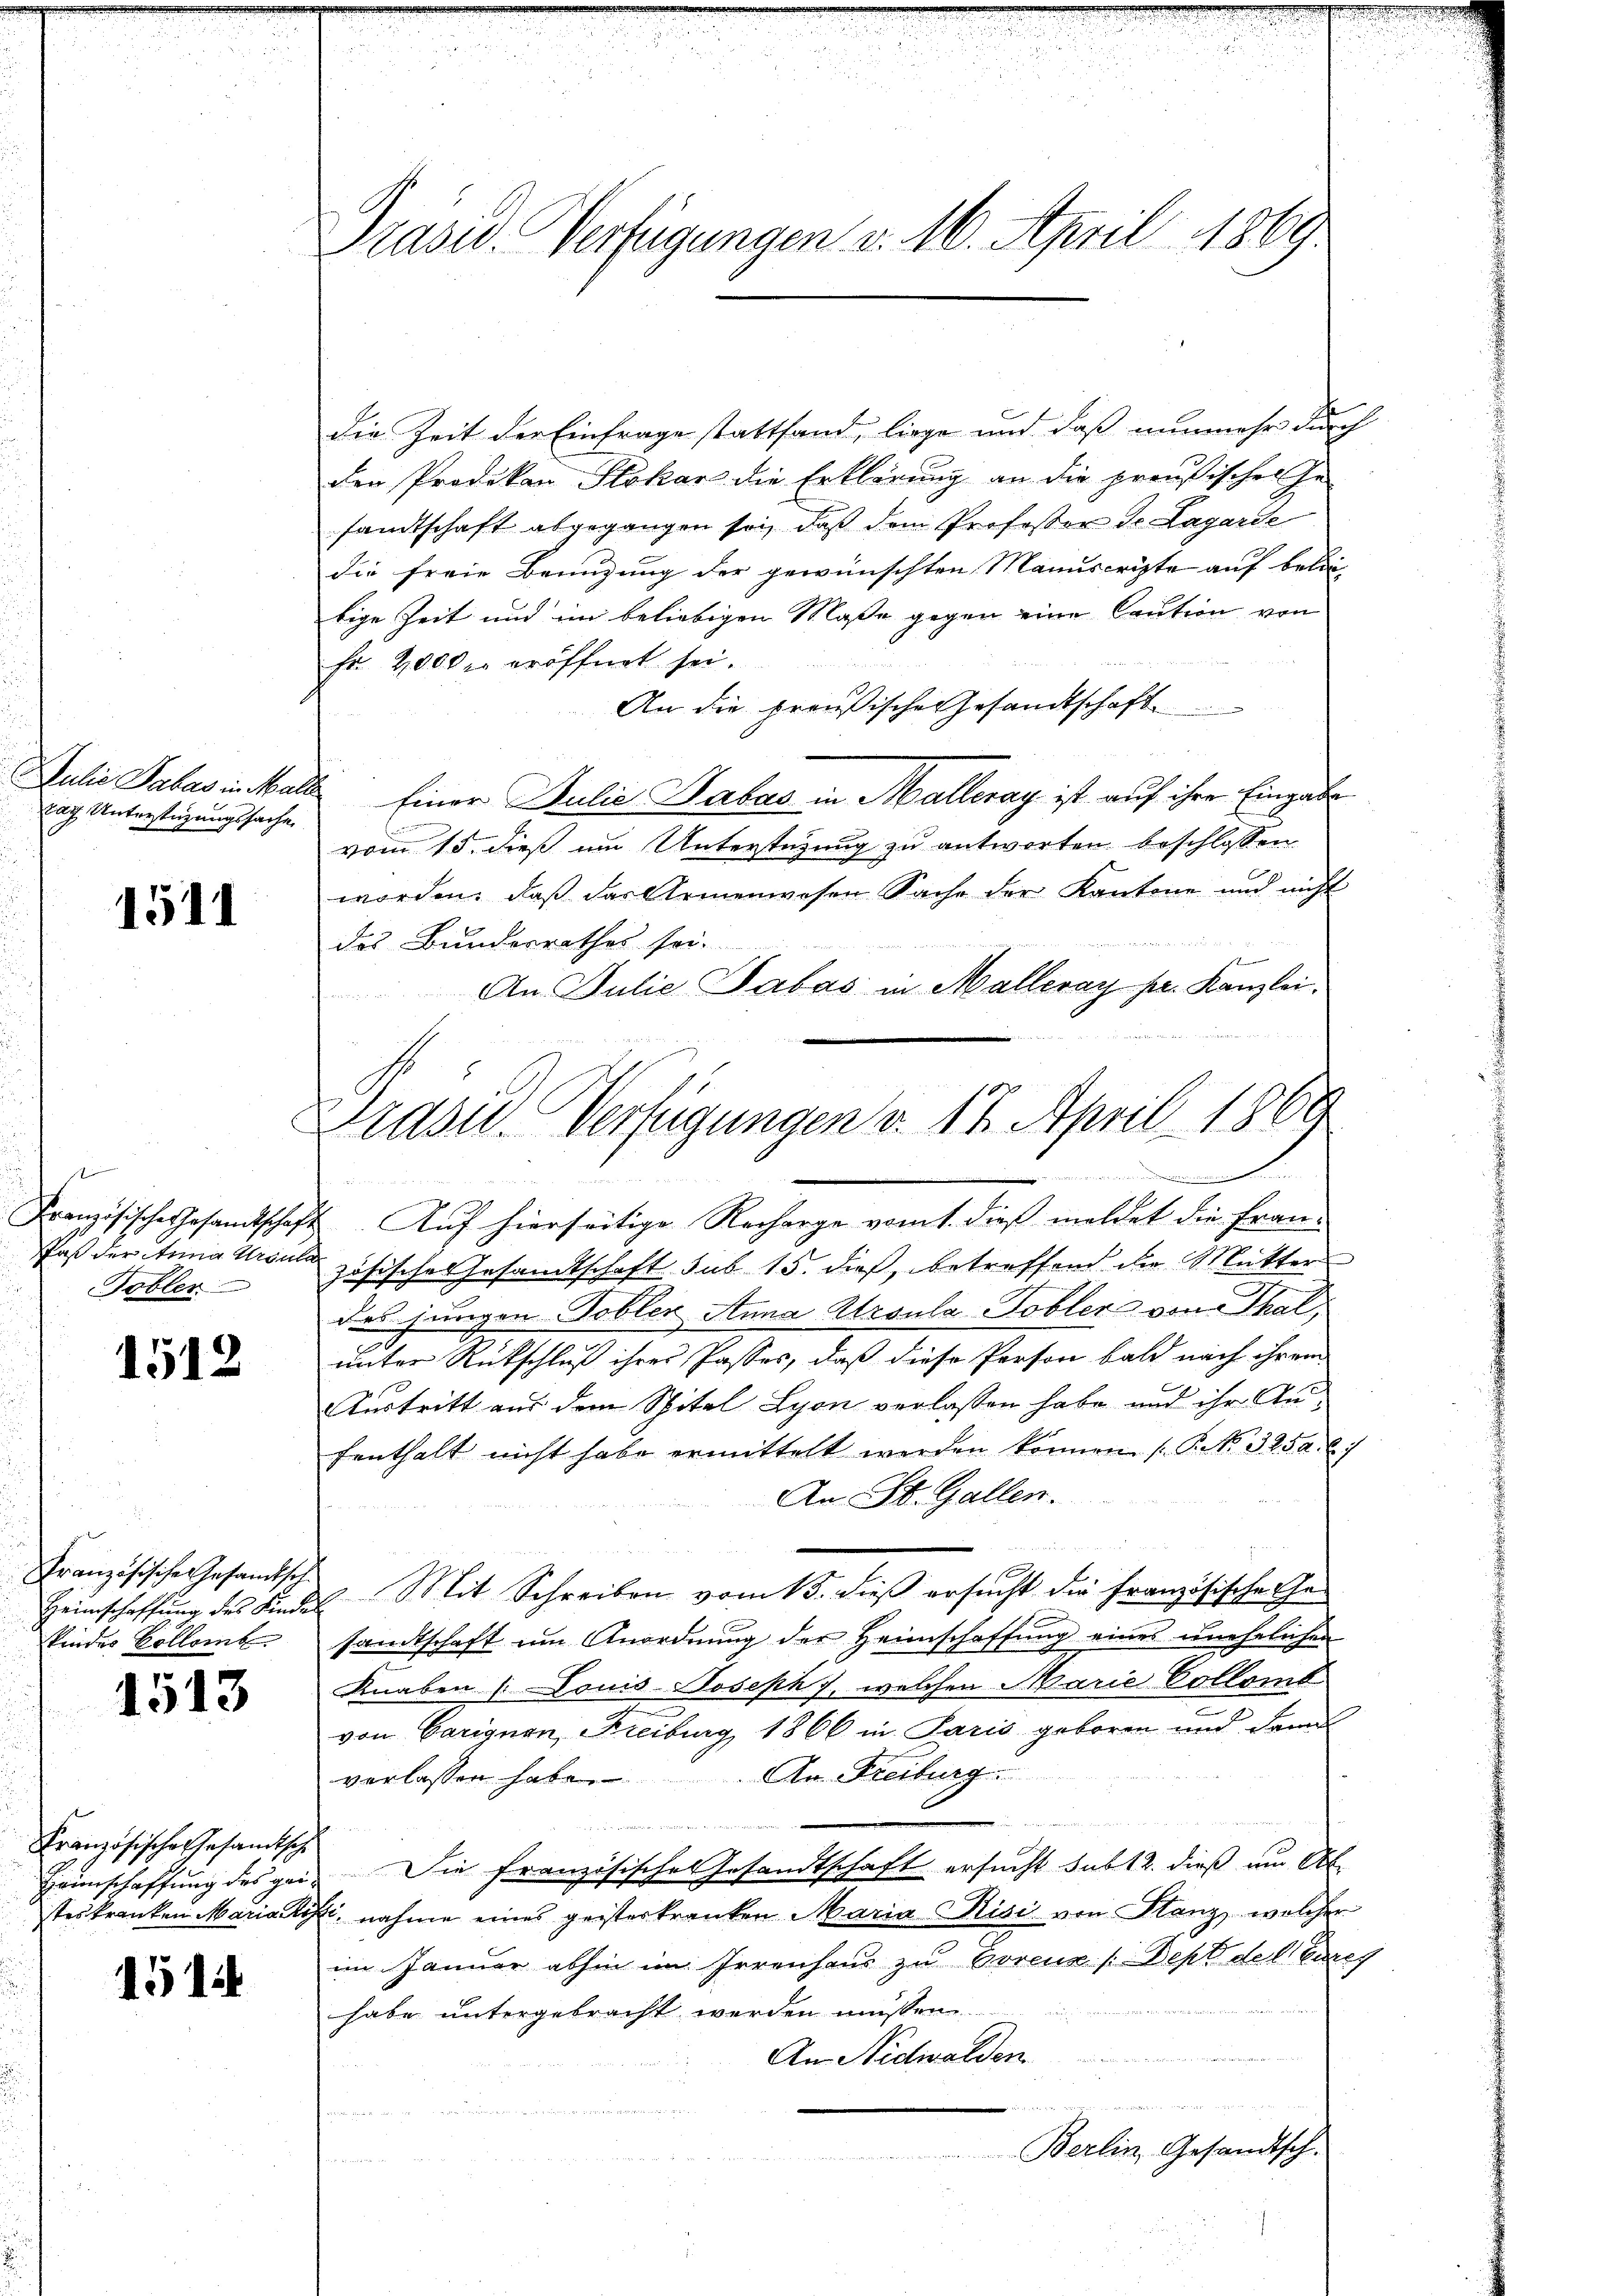
Tag. Unterstüzungssache.

1511

Französische Gesandtschaft.
Daß der Anna Ursuli
Tobler

1512

Französischen Gesandtsch
Heimschaffung des Kinde
kindes Colleme

1513

Französisches Gesamtsche

1514

Prasw. Verfügungen v. 16. April 1869.

die Zeit der Einfrage stattfand, liege und daß nunmehr durch
den Prodekan Stokar die Erklärung an die preußischen Ge-
samtschaft abgegangen sei, daß dem Professor de Lagarde
die freie Benuzung der gewünschten Manuscripte auf belie
bige Zeit und im beliebigen Maße gegen eine Caution von
Fr. 2000 er eröffnet sei.
An die preußische Gesandtschaft
Julia Sabasikale Einer Julie Haber in Halleray ist auf ihre Eingabe
vom 15. dieß im Unterstüzung zu antworten beschlossen
worden, daβ das Armenwesen Sache der Kantone und nicht
des Bundesrathes sei.
An Julie Tabas in Malleray pr. Kanzlei.
 den wir und die es in in einen in in den genannt in dass e
2. Auf hierseitige Recharge vom 1. dieß meldet die Fran-
zösisches Gesamtschaft sub 15. dieß, betreffend die Mutter
das jungen Tobler Anna Ursula Tobler von Thal
unter Rückschluß ihres Passes, daß diese Person bald nach ihrem
Austritt aus dem Spital Lyon verlassen habe und ihr Anfenthalt nicht habe ermittelt werden können. (T. No. 3254. 67
An St. Gallen.
s
2. Mit Schreiben vom 13. dieß ersucht die Französischerhe
d
ich eines unehelichen
sandtschaft im Anordnung der Heimschaffen
Knaben (Louis Joseph, welchen Marie Collomb
von Carignen, Freiburg 1866 in Paris geboren und dann
An Freiburg.
verlassen habe.
ch
genschaffung des gei. Die französisches Gesandtschaft ersucht sub 12. dieß um Ab-
steskranken Mariatisti, nahme eines geisterkranken Maria Kisi von Stanz, welcher
im Januar abhin im Irrenhaus zu Borenz /: Dept del durch
habe untergebracht werden müssen
An Nidwalden
.

Berlin, Gesandtsch.

Drase Verfügungen v. 17. April 1869
in werden eine